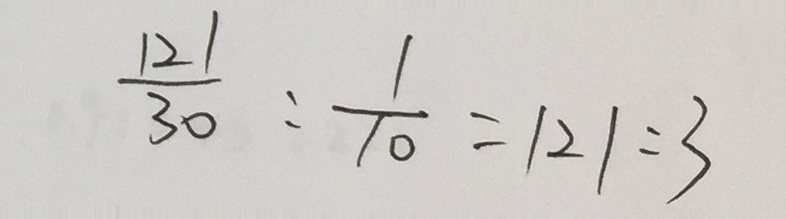
\frac { 1 2 1 } { 3 0 } : \frac { 1 } { 1 0 } = 1 2 1 : 3